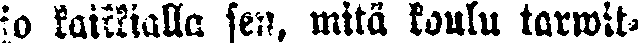
jo kaikkialla sen, mitä koulu tarwit-